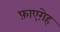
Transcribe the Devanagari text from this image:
फ़ाएग़ेह